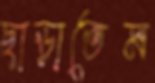
ছাড়াতেম